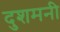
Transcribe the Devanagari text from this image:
दुशमनी